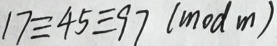
1 7 \equiv 4 5 \equiv 9 7 ( m o d m )